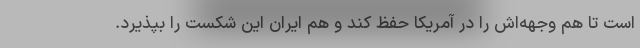
است تا هم وجهه‌اش را در آمریکا حفظ کند و هم ایران این شکست را بپذیرد.